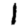
Digit: 1